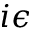
i \epsilon